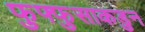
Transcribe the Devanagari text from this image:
फुफ्फुसाकडुन